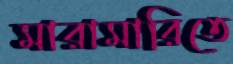
মারামারিতে